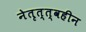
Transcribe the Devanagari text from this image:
नेतृत्त्वहीन